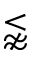
\lnapprox